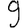
Digit: 9